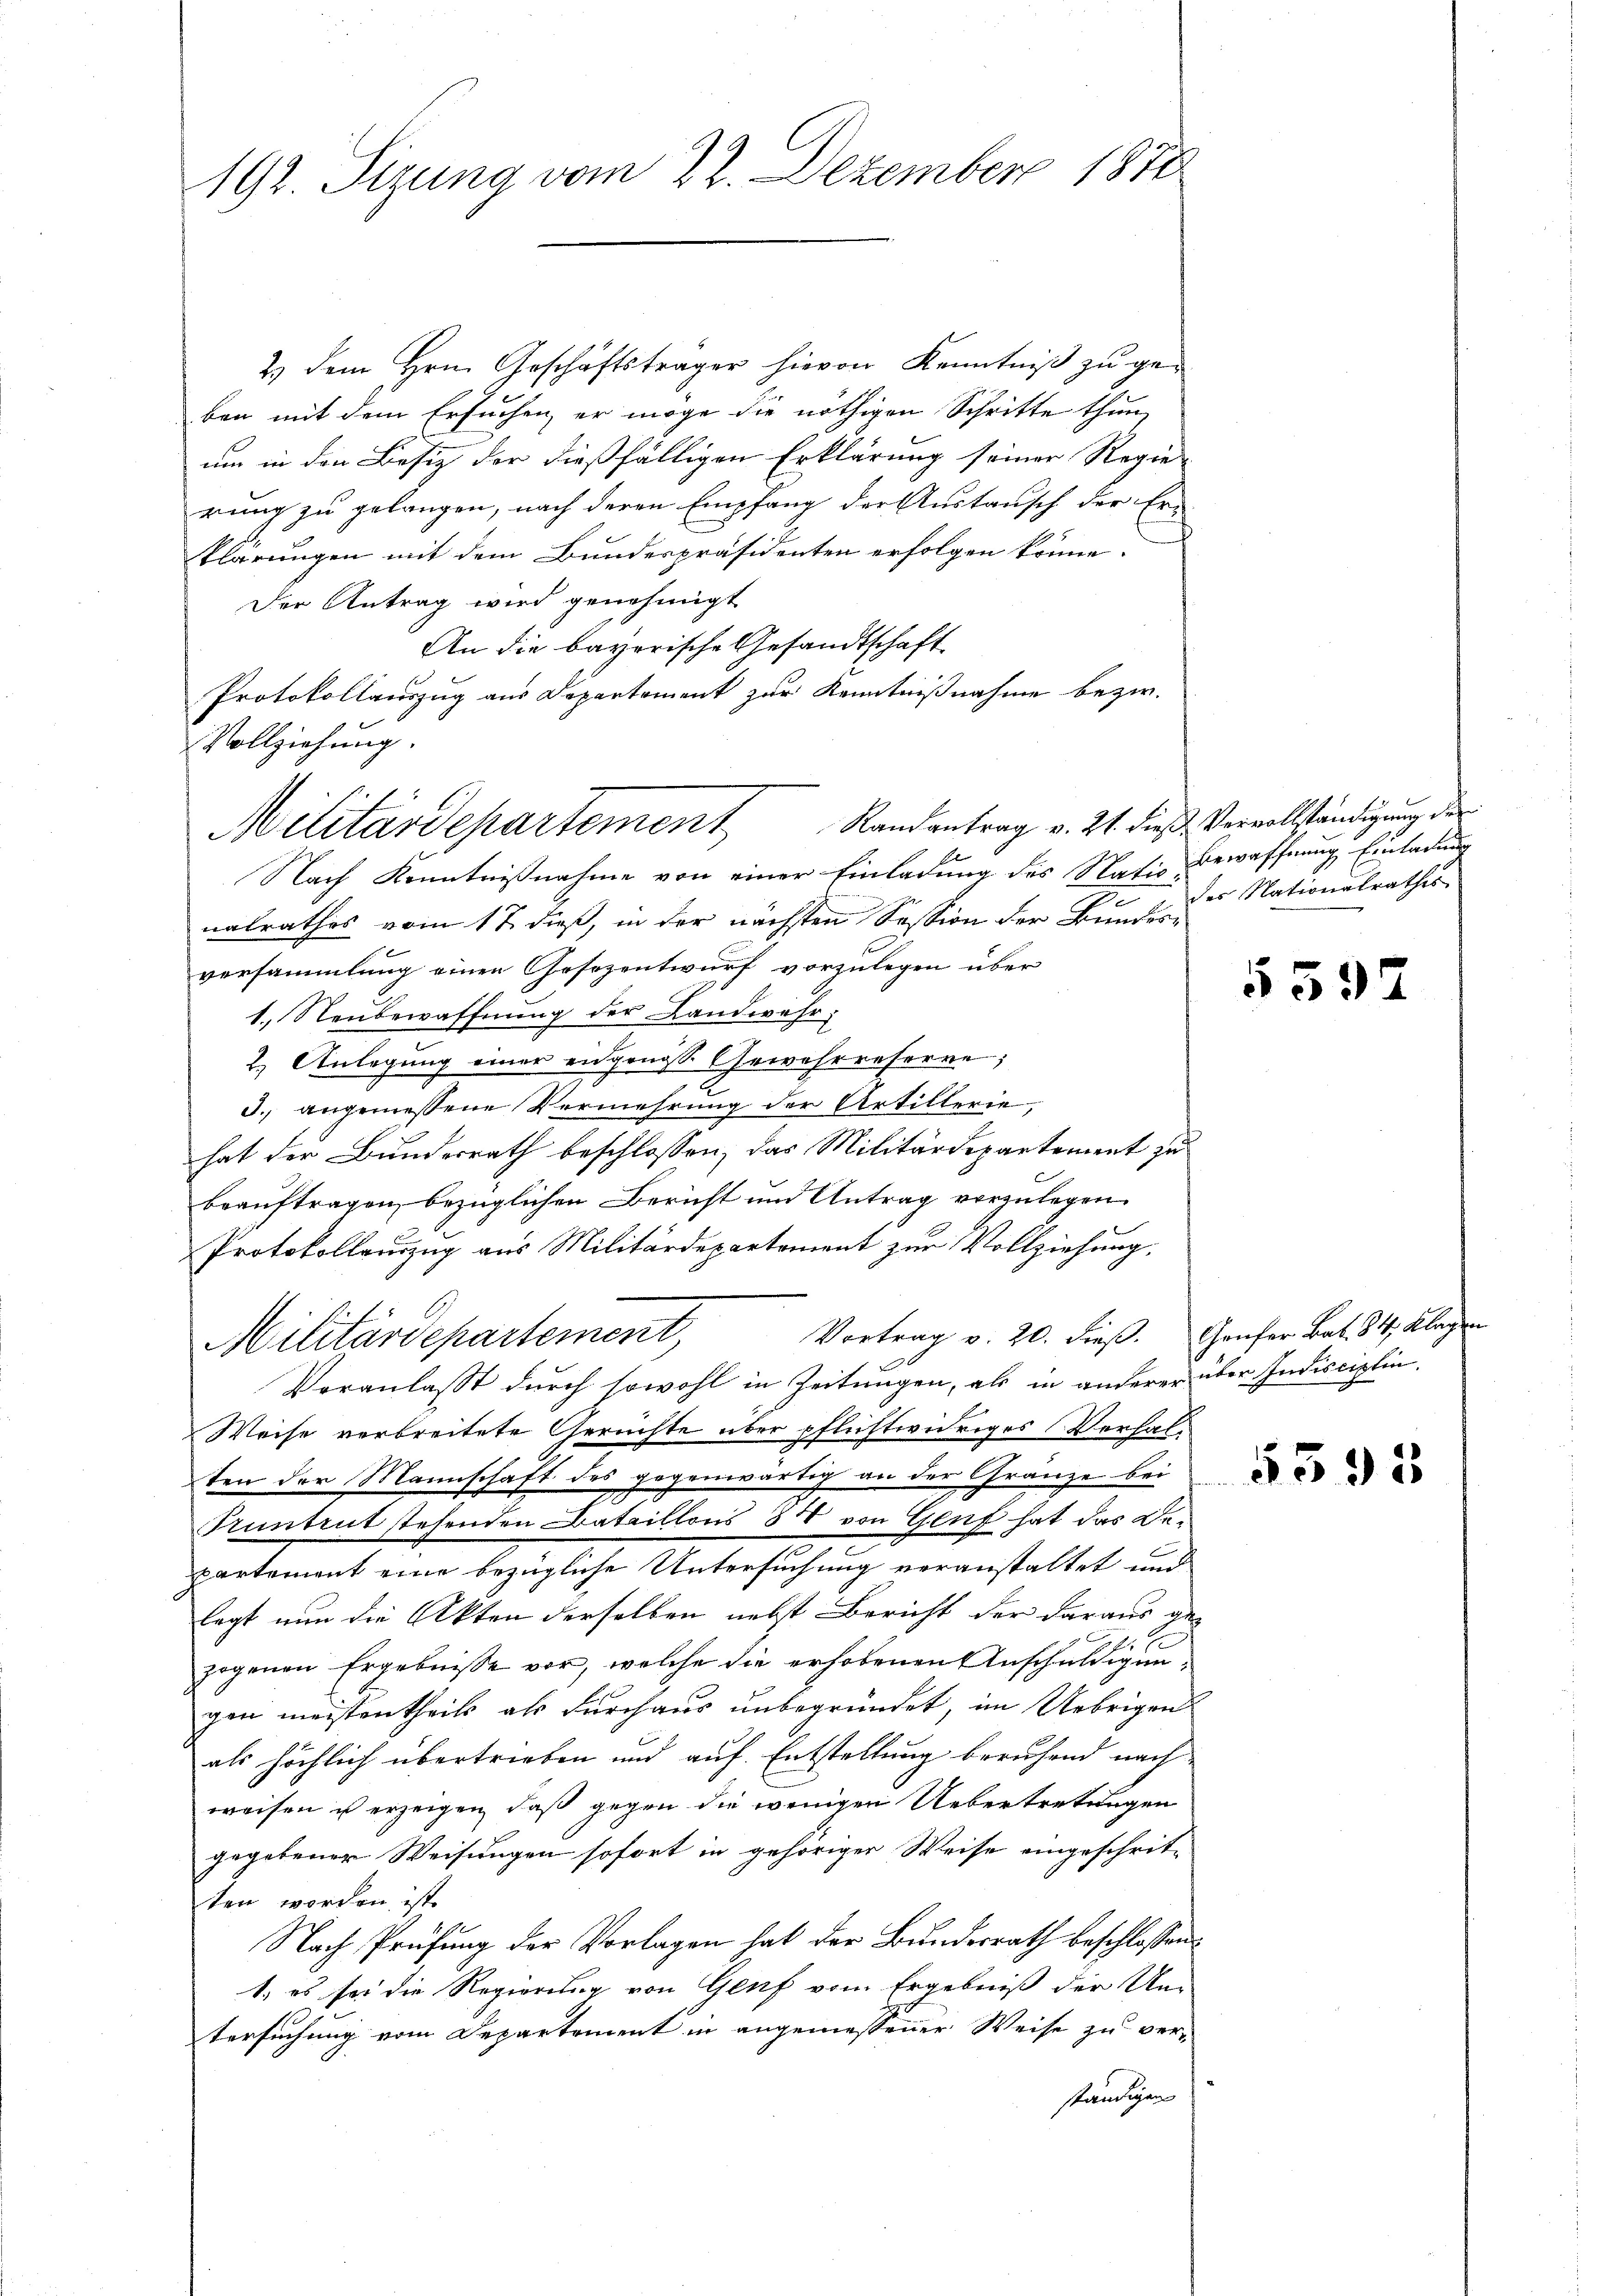
192. Sizung vom 22. Dezember 1870

2) dem Hrn. Geschäftsträger hievon Kenntniβ zŭ ge-
ben mit dem Ersuchen, er möge die nöthigen Schritte thun,
um in den Besiz der dießfälligen Erklärung seiner Regie-
rung zu gelangen, nach deren Empfang der Austausch der Erklärungen mit dem Bundespräsidenten erfolgen könne.
Der Antrag wird genehmigt
An die bayerische Gesandtschaft
Protokollauszug aus Departement zur Kenntnißnahme bezw.
Vollziehung.
Nach Kenntnißnahme von einer Einladung des Natis Bewaffnung Einladung
nalrathes vom 17 dieß, in der nächsten Session der Bundesversammlung einen Gesezentwurf vorzulegen über
1. Neubewaffnung der Landwehr:
2. Anlegung einer eidgenösse Gewehrreferne;
3. angemessene Vermehrung der Artillerie,
hat der Bundesrath beschlossen, das Militärdepartement zu
beauftragen, bezüglichen Bericht und Antrag vorzulegen.
Protokollenzug aus Militärdepartement zur Vollziehung,
Vortrag v. 20. dieß. Genfer Bat. 34. Klagen
Militärdepartement,
Veranlasst durch sowohl in Zeitungen, als in anderer über Indisciplin.
Weise verbreitete Gerichte über pflichtwidriges Verhalten der Mannschaft des gegenwärtig an der Gränze bei
untrut stehenden Bataillons 848 von Gluf hat das Departement eine bezügliche Untersuchung veranstaltet und
legt nun die Akten derselben nebst Bericht der daraus ge-
zogenen Ergebnisse vor, welche die erhobenen Anschuldigungen meistentheils als durchaus unbegründet, im Uebrigen
als höchlich übertrieben und auf Entstellung berufend nach
weisen ist erzeigen, daß gegen die wenigen Uebertretungen
gegebener Weisungen sofort in gehöriger Weise eingeschrit-
ten worden ist.
Nach Prüfung der Vorlagen hat der Bundesrath beschlossen:
1. es sei die Regierung von Genf vom Ergebniß der Um-
tersuchung vom Departement in angemessener Weise zu ver-
ständigen

Militärdepartement Randantrag v. 21. dieß Vervollständigung der

des Nationalrathes

5597

5392